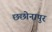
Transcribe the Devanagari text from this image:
छछोनापुर